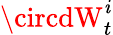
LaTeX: \circdW_{t}^{\mathit{i}}